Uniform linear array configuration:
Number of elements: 12
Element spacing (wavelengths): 0.5
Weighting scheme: uniform
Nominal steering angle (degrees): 0
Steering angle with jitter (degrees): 0.5635
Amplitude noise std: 0.05
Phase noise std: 0.05

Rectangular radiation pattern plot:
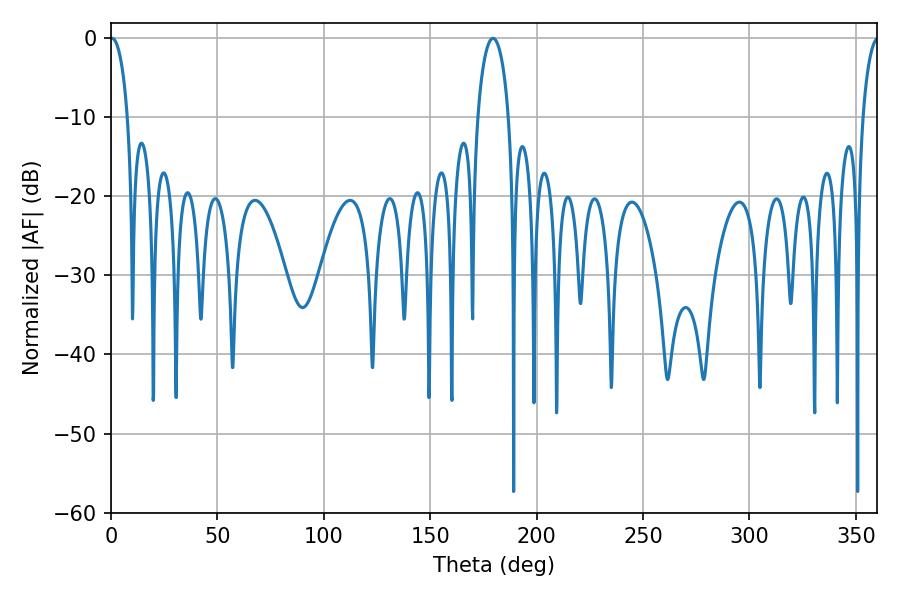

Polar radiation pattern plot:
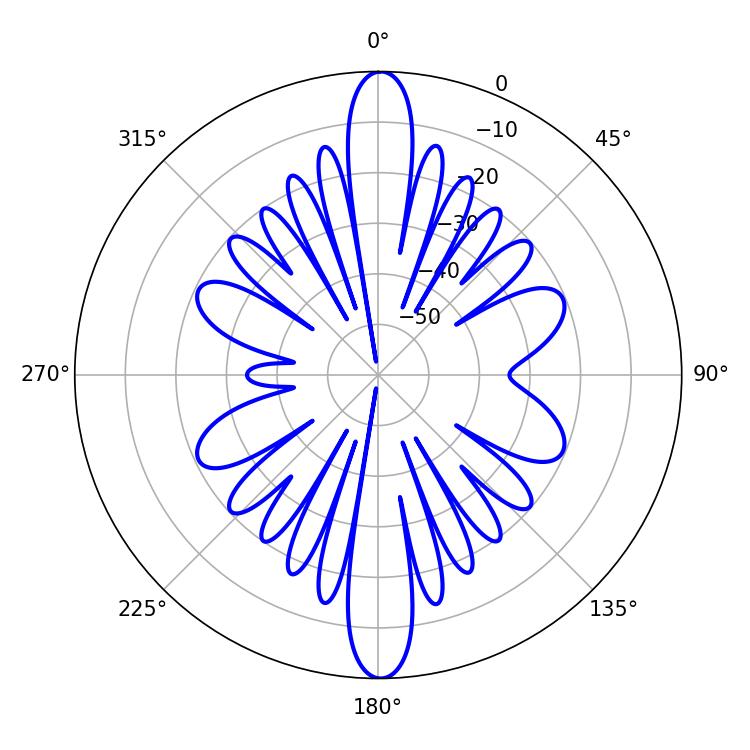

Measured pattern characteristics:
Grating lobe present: FALSE
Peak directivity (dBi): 26.695
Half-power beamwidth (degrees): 4.68
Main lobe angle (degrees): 0.54